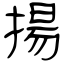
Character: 揚